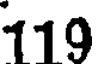
119